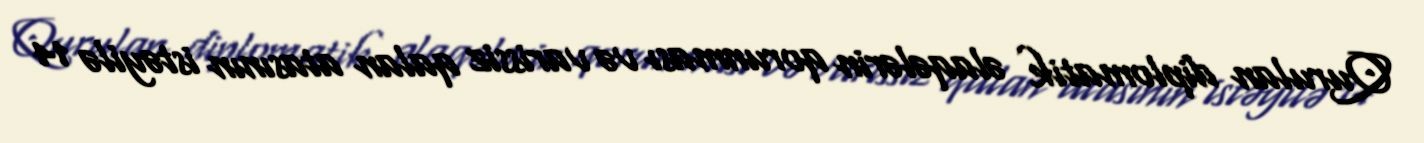
Qurulan diplomatik əlaqələrin qorunması və varissiz qalan atasının istəyilə 14